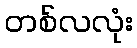
တစ်လလုံး